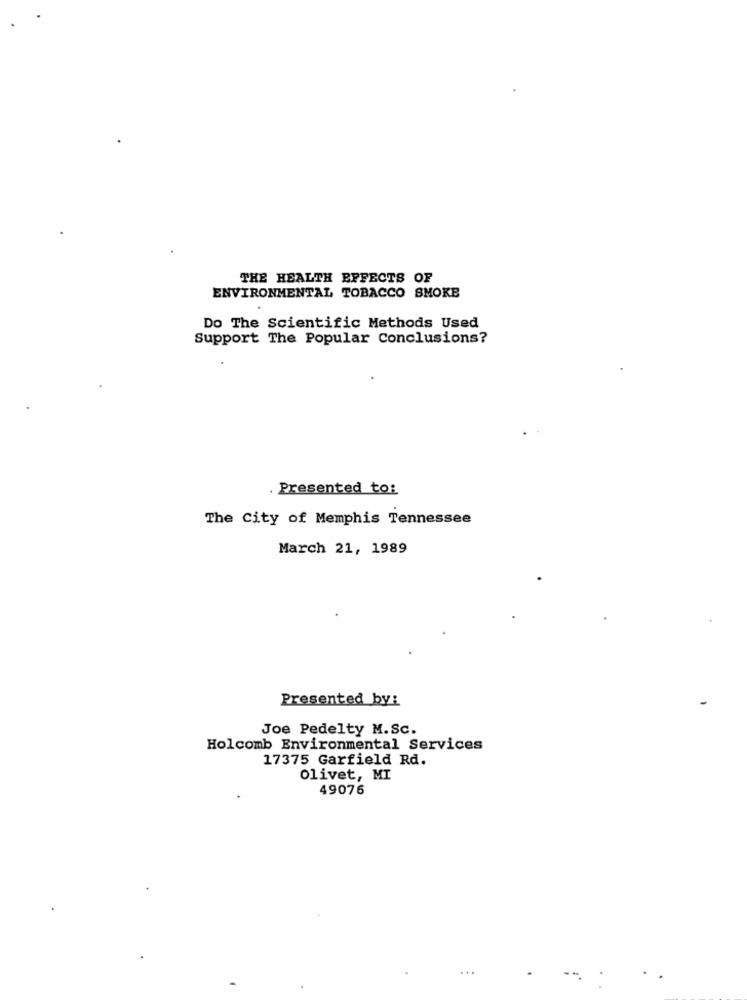
THE HEALTH EFFECTS OF
ENVIRONMENTAL TOBACCO SMOKE
Do The Scientific Methods Used
Support The Popular Conclusions?
. Presented to:
The City of Memphis Tennessee
March 21, 1989
Presented by:
Joe Pedelty M.Sc.
Holcomb Environmental Services
17375 Garfield Rd.
olivet, MI
49076